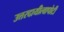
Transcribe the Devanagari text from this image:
उत्तरदायीत्वापोटी